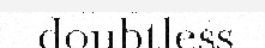
doubtless